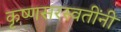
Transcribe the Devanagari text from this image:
कृष्णसरस्वतींनी